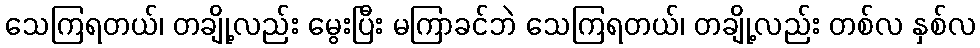
သေကြရတယ်၊ တချို့လည်း မွေးပြီး မကြာခင်ဘဲ သေကြရတယ်၊ တချို့လည်း တစ်လ နှစ်လ